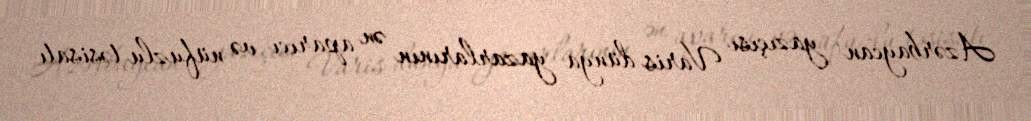
Azərbaycan yazıçısı Varis dünya yazarlarının ən aparıcı və nüfuzlu təsisatı